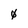
Character: 0